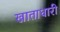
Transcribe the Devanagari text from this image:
खाताधारी